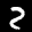
Label: 2